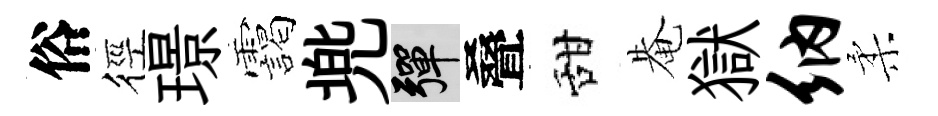
俗徑璟靄兠彈叠甜𤲅獄纳柔